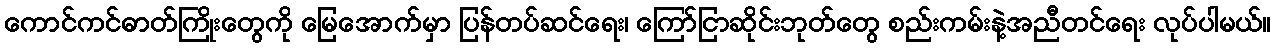
ကောင်ကင်ဓာတ်ကြိုးတွေကို မြေအောက်မှာ ပြန်တပ်ဆင်ရေး၊ ကြော်ငြာဆိုင်းဘုတ်တွေ စည်းကမ်းနဲ့အညီတင်ရေး လုပ်ပါမယ်။